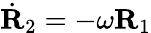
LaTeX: \dot{\mathbf R}_{2}=-\omega{\mathbf R}_{1}